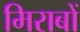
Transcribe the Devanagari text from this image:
मिराबों